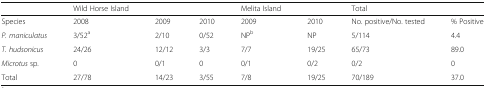
<table><thead><tr><td></td><td><b>Wild Horse Island</b></td><td></td><td></td><td><b>Melita Island</b></td><td></td><td><b>Total</b></td><td></td></tr></thead><tbody><tr><td>Species</td><td>2008</td><td>2009</td><td>2010</td><td>2009</td><td>2010</td><td>No. positive/No. tested</td><td>% Positive</td></tr><tr><td><i>P. maniculatus</i></td><td>3/52<sup>a</sup></td><td>2/10</td><td>0/52</td><td>NP<sup>b</sup></td><td>NP</td><td>5/114</td><td>4.4</td></tr><tr><td><i>T. hudsonicus</i></td><td>24/26</td><td>12/12</td><td>3/3</td><td>7/7</td><td>19/25</td><td>65/73</td><td>89.0</td></tr><tr><td><i>Microtus</i> sp.</td><td>0</td><td>0/1</td><td>0</td><td>0/1</td><td>0/2</td><td>0/2</td><td>0</td></tr><tr><td>Total</td><td>27/78</td><td>14/23</td><td>3/55</td><td>7/8</td><td>19/25</td><td>70/189</td><td>37.0</td></tr></tbody></table>